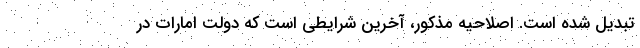
تبدیل شده است. اصلاحیه مذکور، ‌آخرین شرایطی است که دولت امارات در